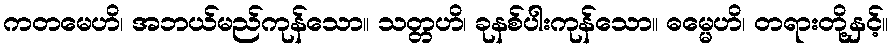
ကတမေဟိ၊ အဘယ်မည်ကုန်သော။ သတ္တဟိ၊ ခုနစ်ပါးကုန်သော။ ဓမ္မေဟိ၊ တရားတို့နှင့်။